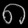
Digit: ၈